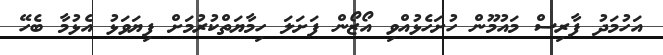
އަހުމަދު ފާރިސް މައުމޫން ހުށަހެޅުއްވި އޯޒޯން ފަށަލަ ހިމާޔަތްކުރުމަށް ފިޔަވަޅު އެޅުމާ ބެހޭ